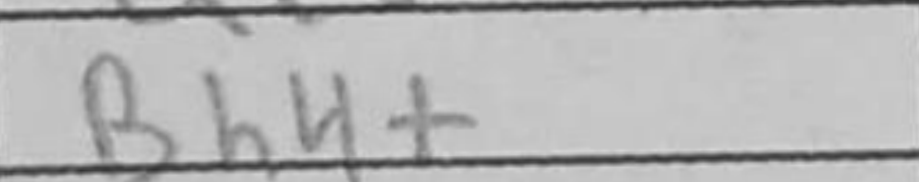
Transcription: Bh4+